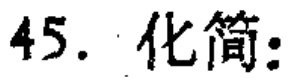
45. 化简：